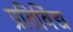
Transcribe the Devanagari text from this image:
प्रतिविंद्य